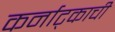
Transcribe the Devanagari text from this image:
कर्नाट्काची